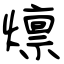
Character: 燷